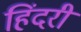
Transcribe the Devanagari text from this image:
हिंदरी